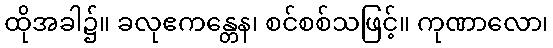
ထိုအခါ၌။ ခလုဧကန္တေန၊ စင်စစ်သဖြင့်။ ကုဏာလော၊